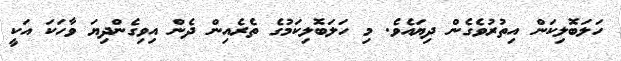
ހަލަބޮލިކަން އިތުރުވެގެން ދިޔައެވެ. މި ހަލަބޮލިކަމުގެ ތެރެއިން ދެން އިވިގެންދިޔަ ވާހަކަ އަކީ